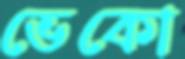
ভেকো